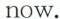
now.